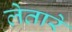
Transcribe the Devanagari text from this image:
लेतारे